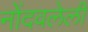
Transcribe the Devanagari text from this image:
नोेंदवलेली